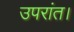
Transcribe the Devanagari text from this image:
उपरांत।